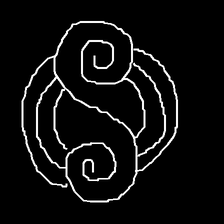
Glyph: wind-underfoot